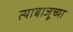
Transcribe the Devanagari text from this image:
त्याबाजूच्या